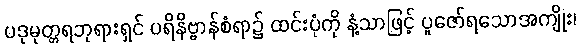
ပဒုမုတ္တရဘုရားရှင် ပရိနိဗ္ဗာန်စံရာ၌ ထင်းပုံကို နံ့သာဖြင့် ပူဇော်ရသောအကျိုး၊